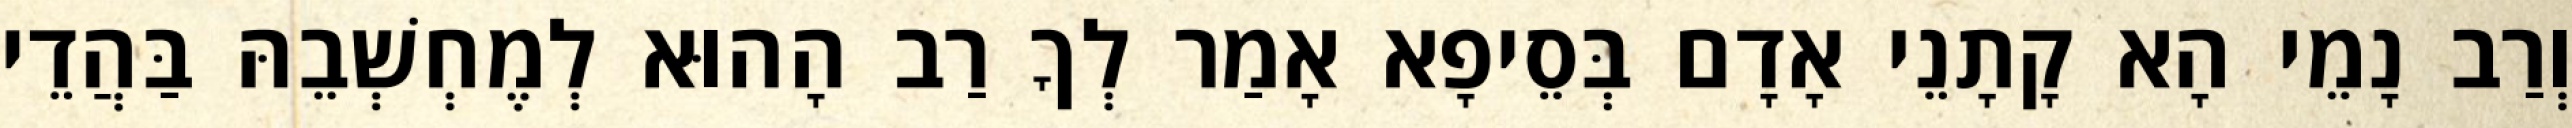
וְרַב נָמֵי הָא קָתָנֵי אָדָם בְּסֵיפָא אָמַר לְךָ רַב הָהוּא לְמֶחְשְׁבֵהּ בַּהֲדֵי